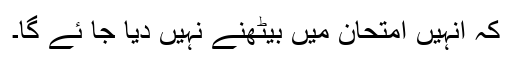
کہ انہیں امتحان میں بیٹھنے نہیں دیا جا ئے گا۔